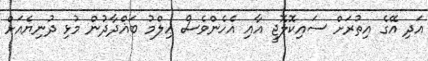
އަދި އޭގެ އިތުރަށް ސައިކޮލޮޖީ އާއި އެހެންވެސް ޢިލްމު ބަޣްދާދުން މުޅި ދުނިޔެއަށް